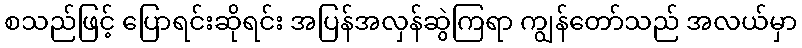
စသည်ဖြင့် ပြောရင်းဆိုရင်း အပြန်အလှန်ဆွဲကြရာ ကျွန်တော်သည် အလယ်မှာ